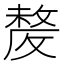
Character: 𣁛